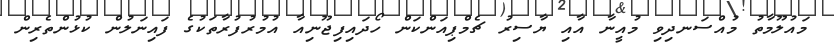
މައުލޫމާތު މުއްސަނދިވި މުއީނާ އާއި ޔާސިރު ޗެމްޕިއަންކަން ހޯދައިފިޖޫނިއާ އުމުރުފުރާތަކުގެ ފައިނަލުން ކުޅުންތެރިން